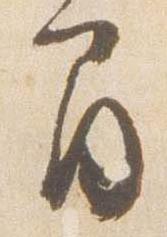
間